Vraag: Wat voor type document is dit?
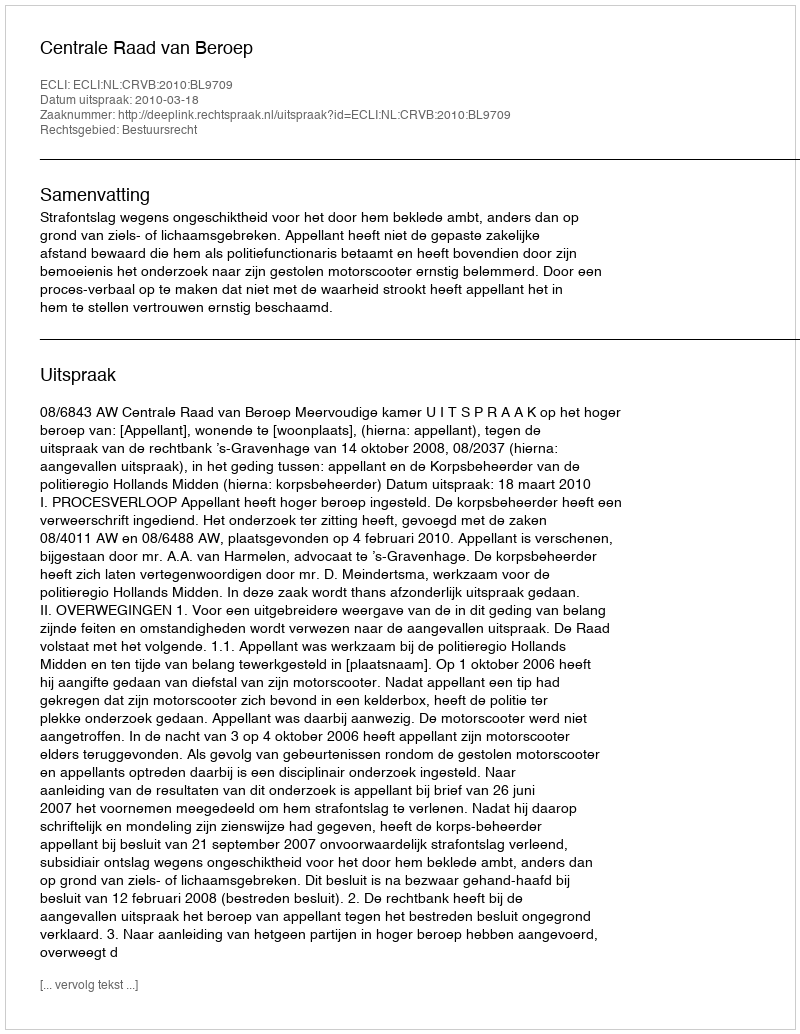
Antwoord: Uitspraak